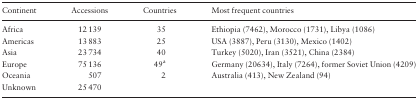
<table><thead><tr><td><b>Continent</b></td><td><b>Accessions</b></td><td><b>Countries</b></td><td><b>Most frequent countries</b></td></tr></thead><tbody><tr><td>Africa</td><td>12 139</td><td>35</td><td>Ethiopia (7462), Morocco (1731), Libya (1086)</td></tr><tr><td>Americas</td><td>13 883</td><td>25</td><td>USA (3887), Peru (3130), Mexico (1402)</td></tr><tr><td>Asia</td><td>23 734</td><td>40</td><td>Turkey (5020), Iran (3521), China (2384)</td></tr><tr><td>Europe</td><td>75 136</td><td>49<sup>a</sup></td><td>Germany (20634), Italy (7264), former Soviet Union (4209)</td></tr><tr><td>Oceania</td><td>507</td><td>2</td><td>Australia (413), New Zealand (94)</td></tr><tr><td>Unknown</td><td>25 470</td><td></td><td></td></tr></tbody></table>